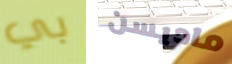
بي ماديسن